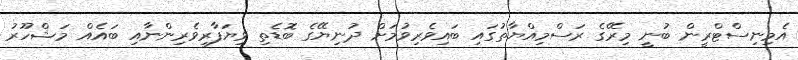
އެމިނިސްޓްރީން ބުނީ މިރޭގެ ރަސްމިއްޔާތުގައި ބައިވެރިވުމަށް ދުނިޔޭގެ ބޮޑެތި ވިޔަފާރިވެރިންނާއި ބައެއް މަޝްހޫރު